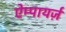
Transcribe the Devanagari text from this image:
ऐम्पायर्ज़